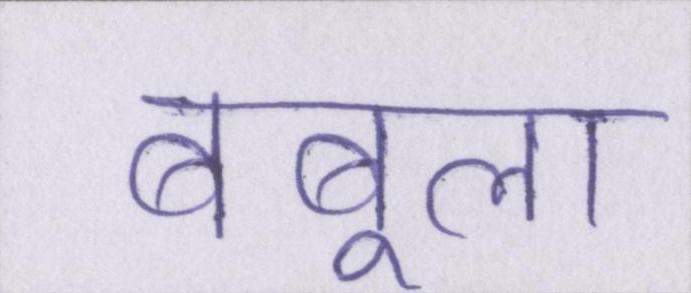
बबूला